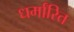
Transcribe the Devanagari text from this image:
धर्मांरित